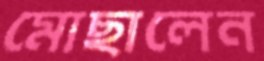
মোছালেন